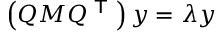
\left( Q M Q ^ { \textsf { T } } \right) y = \lambda y